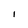
Character: i